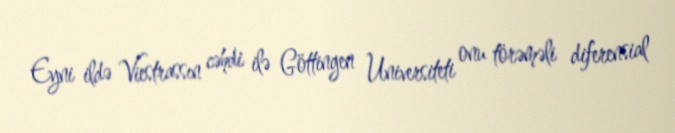
Eyni ildə Viestrassın cəhdi ilə Göttingen Universiteti onu törəməli diferensial